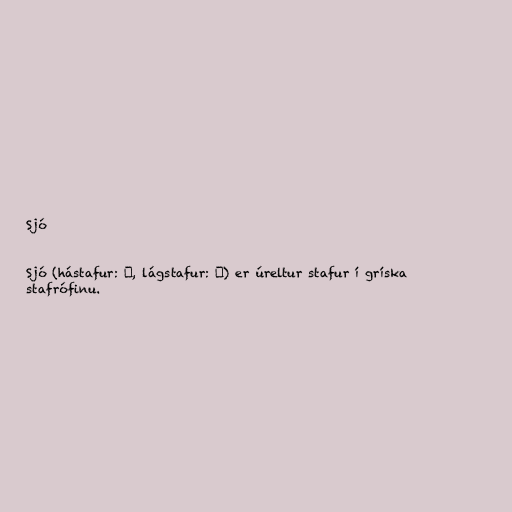
Sjó

Sjó (hástafur: Ϸ, lágstafur: ϸ) er úreltur stafur í gríska
stafrófinu.